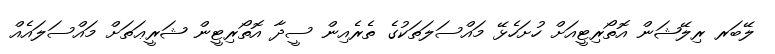
ލޭބަރ ރިލޭޝަން އޮތޯރިޓީއަށް ހުށަހެޅޭ މައްސަލަތަކުގެ ތެރެއިން ސީދާ އޮތޯރިޓީން ޝަރީޢަތަށް މައްސަލައެއް